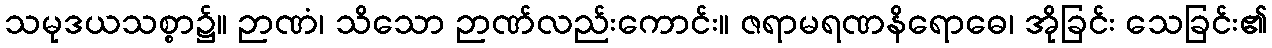
သမုဒယသစ္စာ၌။ ဉာဏံ၊ သိသော ဉာဏ်လည်းကောင်း။ ဇရာမရဏနိရောဓေ၊ အိုခြင်း သေခြင်း၏